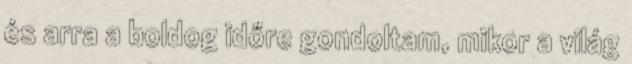
és arra a boldog időre gondoltam, mikor a világ